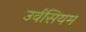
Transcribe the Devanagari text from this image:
उर्वसियम